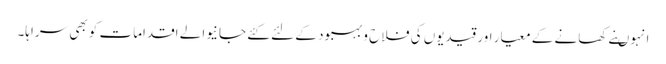
انہوںنے کھانے کے معیار اور قیدیوں کی فلاح و بہبود کے لئے کئے جانیوالے اقدامات کو بھی سراہا۔